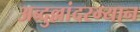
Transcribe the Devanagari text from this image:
अब्दुल्लांदरम्यान